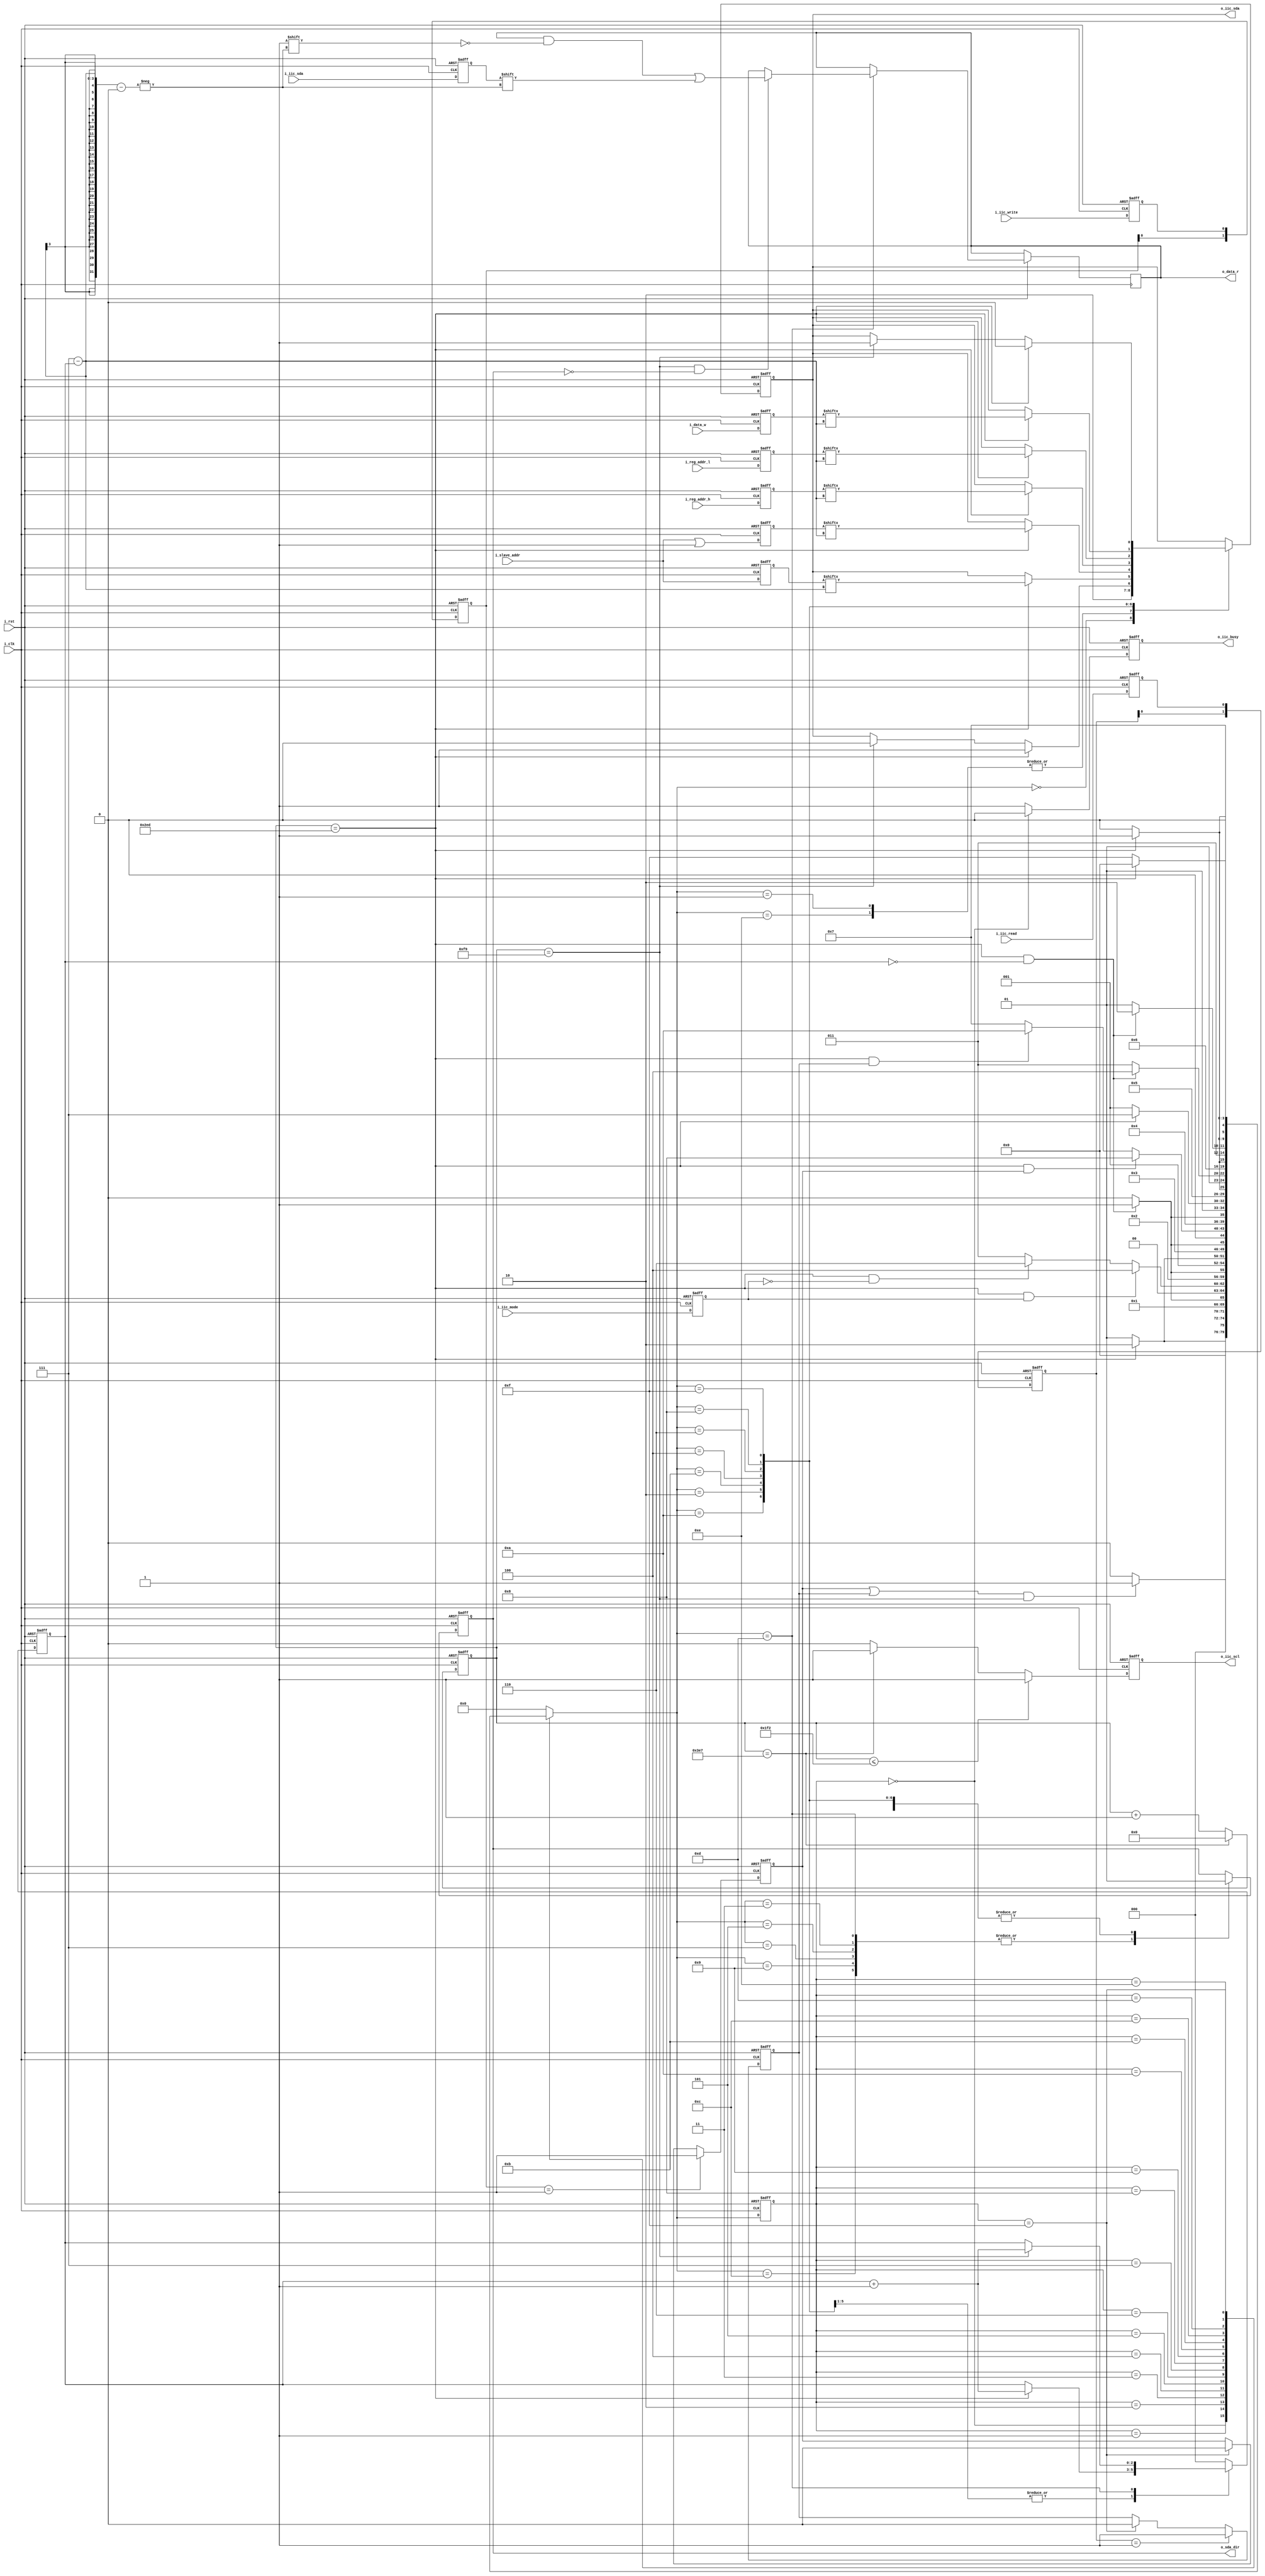
`timescale 1ns / 1ps
//////////////////////////////////////////////////////////////////////////////////
// Company: 
// Engineer: 
// 
// Design Name: 
// Module Name: Driver_IIC
// Project Name: 
// Target Devices: 
// Tool Versions: 
// Description: 
// 
// Dependencies: 
// 
// Revision:
// Revision 0.01 - File Created
// Additional Comments:
// Copyright by SouthEast University,Erie.
//////////////////////////////////////////////////////////////////////////////////

module Driver_IIC(
    input i_clk,
    input i_rst,
    input i_iic_sda,
    input i_iic_write,          //IIC,
    input i_iic_read,           //IIC,
    input i_iic_mode,           //IIC,1,0,
    input [7:0]i_slave_addr,    //IIC
    input [7:0]i_reg_addr_h,    //,8
    input [7:0]i_reg_addr_l,    //,8
    input [7:0]i_data_w,        //
    output [7:0]o_data_r,       //IIC
    output o_iic_busy,          //IIC,,
    output o_iic_scl,           //IIC
    output o_sda_dir,           //IIC,1
    output o_iic_sda            //IIC
    );
    //
    parameter System_Clk_MHz=13'd100;
    parameter Set_IIC_SCL_kHz=13'd100;
    
    //SCL
    localparam  SCL_Divider=System_Clk_MHz/Set_IIC_SCL_kHz;
    localparam  SCL_SUM = (SCL_Divider<<10)-(SCL_Divider<<4)-(SCL_Divider<<3);        //SCL
    localparam  SCL_H_START=0;                                          //SCL
    localparam  SCL_H_CENTER=(SCL_SUM >> 1)-(SCL_SUM >> 2)-1;           //SCL
    localparam  SCL_L_START=(SCL_SUM >> 1)-1;                           //SCL
    localparam  SCL_L_CENTER=(SCL_SUM >> 1)+(SCL_SUM >> 2)-1;           //SCL
    
    //
    localparam ST_IDLE=5'd0;
    localparam ST_START=5'd1;
    localparam ST_W_SADDR=5'd2;
    localparam ST_ACK_0=5'd3;
    localparam ST_W_ADDR_H=5'd4;
    localparam ST_ACK_1=5'd5;
    localparam ST_W_ADDR_L=5'd6;
    localparam ST_ACK_2=5'd7;
    localparam ST_W_DATA=5'd8;
    localparam ST_ACK_3=5'd9;
    localparam ST_START_R=5'd10;
    localparam ST_W_SADDR_R=5'd11;
    localparam ST_ACK_4=5'd12;
    localparam ST_R_DATA=5'd13;
    localparam ST_NACK=5'd14;
    localparam ST_STOP=5'd15;
    
    //
    reg [13:0]reg_scl_cnt=0;
    reg [2:0]reg_byte_cnt=0;
    
    //
    reg [4:0]state_current=0;                                      //
    reg [4:0]state_next=0;                                         //
    
    //
    reg buf_iic_write=0;                                                //
    reg buf_iic_read=0;                                                 //
    reg buf_iic_mode=0;                                                 //IIC,1,0,
    reg [7:0]buf_slave_addr_r=0;                                        //IIC,
    reg [7:0]buf_slave_addr_w=0;                                        //IIC,
    reg [7:0]buf_reg_addr_h=0;                                          //,8
    reg [7:0]buf_reg_addr_l=0;                                          //,8
    reg [7:0]buf_data=0;                                                //
    reg buff_iic_sda=0;                                                 //SDA
    
    //
    reg [1:0]iic_write_req_rise=0;                                      //IIC
    reg [1:0]iic_read_req_rise=0;                                       //IIC
    
    //
    wire flg_write_rise=(iic_write_req_rise==2'b01);                    //IIC
    wire flg_read_rise=(iic_read_req_rise==2'b01);                      //IIC
    wire flg_scl_hs = (reg_scl_cnt == SCL_H_START);                     //SCL
    wire flg_scl_hc = (reg_scl_cnt == SCL_H_CENTER);                    //SCL
    wire flg_scl_ls = (reg_scl_cnt == SCL_L_START);                     //SCL
    wire flg_scl_lc = (reg_scl_cnt == SCL_L_CENTER);                    //SCL
    
    //
    reg iic_write_req=0;                                                //
    reg iic_read_req=0;                                                 //
    
    //
    reg [7:0]data_r_o=0;                                                //IIC
    reg iic_busy_o=0;                                                   //IIC,
    reg iic_scl_o=1;                                                    //IIC
    reg sda_dir_o=0;                                                    //IIC,1
    reg iic_sda_o=1;                                                    //IIC
    
    //
    assign o_data_r=data_r_o;       //IIC
    assign o_iic_busy=iic_busy_o;   //IIC,
    assign o_iic_scl=iic_scl_o;     //IIC
    assign o_sda_dir=sda_dir_o;     //IIC,1
    assign o_iic_sda=iic_sda_o;     //IIC
    
    //
    always@(*)begin
        case(state_current)
            
            //
            ST_IDLE:begin
                if((iic_write_req||iic_read_req)&flg_scl_hc)begin
                    state_next<=ST_START;
                end
                else begin
                    state_next<=ST_IDLE;
                end
            end
            
            //
            ST_START:begin
                if(flg_scl_lc)begin
                    state_next<=ST_W_SADDR;
                end
                else begin
                    state_next<=ST_START;
                end
            end
            
            //
            ST_W_SADDR:begin
                if(flg_scl_lc&reg_byte_cnt==0)begin
                    state_next<=ST_ACK_0;
                end
                else begin
                    state_next<=ST_W_SADDR;
                end
            end
            
            //0
            ST_ACK_0:begin
                if(flg_scl_lc&buf_iic_mode)begin
                    state_next<=ST_W_ADDR_H;
                end
                else if(flg_scl_lc&!buf_iic_mode)begin
                    state_next<=ST_W_ADDR_L;
                end
                else begin
                    state_next<=ST_ACK_0;
                end
            end
            
            //
            ST_W_ADDR_H:begin
                if(flg_scl_lc&reg_byte_cnt==0)begin
                    state_next<=ST_ACK_1;
                end
                else begin
                    state_next<=ST_W_ADDR_H;
                end
            end
            
            //1
            ST_ACK_1:begin
                if(flg_scl_lc)begin
                    state_next<=ST_W_ADDR_L;
                end
                else begin
                    state_next<=ST_ACK_1;
                end
            end
            
            //
            ST_W_ADDR_L:begin
                if(flg_scl_lc&reg_byte_cnt==0)begin
                    state_next<=ST_ACK_2;
                end
                else begin
                    state_next<=ST_W_ADDR_L;
                end
            end
            
            //2
            ST_ACK_2:begin
                if(flg_scl_lc&iic_write_req)begin
                    state_next<=ST_W_DATA;
                end
                else if(flg_scl_lc&iic_read_req)begin
                    state_next<=ST_START_R;
                end
                else begin
                    state_next<=ST_ACK_2;
                end
            end
            
            //
            ST_W_DATA:begin
                if(flg_scl_lc&reg_byte_cnt==0)begin
                    state_next<=ST_ACK_3;
                end
                else begin
                    state_next<=ST_W_DATA;
                end
            end
            
            //3
            ST_ACK_3:begin
                if(flg_scl_lc)begin
                    state_next<=ST_STOP;
                end
                else begin
                    state_next<=ST_ACK_3;
                end
            end

            //
            ST_START_R:begin
                if(flg_scl_lc)begin
                    state_next<=ST_W_SADDR_R;
                end
                else begin
                    state_next<=ST_START_R;
                end
            end
            
            //
            ST_W_SADDR_R:begin
                if(flg_scl_lc&reg_byte_cnt==0)begin
                    state_next<=ST_ACK_4;
                end
                else begin
                    state_next<=ST_W_SADDR_R;
                end
            end
            
            //4
            ST_ACK_4:begin
                if(flg_scl_lc)begin
                    state_next<=ST_R_DATA;
                end
                else begin
                    state_next<=ST_ACK_4;
                end
            end
            
            //
            ST_R_DATA:begin
                if(flg_scl_lc&reg_byte_cnt==0)begin
                    state_next<=ST_NACK;
                end
                else begin
                    state_next<=ST_R_DATA;
                end
            end

            //
            ST_NACK:begin
                if(flg_scl_lc)begin
                    state_next<=ST_STOP;
                end
                else begin
                    state_next<=ST_NACK;
                end
            end
            
            //
            ST_STOP:begin
                if(flg_scl_lc)begin
                    state_next<=ST_IDLE;
                end
                else begin
                    state_next<=ST_STOP;
                end
            end
            
            default:begin
                state_next<=ST_IDLE;
            end
        endcase
    end
    
    //scl
    always@(posedge i_clk or negedge i_rst)begin
        if(!i_rst)begin
            reg_scl_cnt <= 13'd0;
        end
        else if(reg_scl_cnt== SCL_SUM - 1)
            reg_scl_cnt <= 13'd0;
        else
            reg_scl_cnt <= reg_scl_cnt + 1;
    end
    
    //
    always@(posedge i_clk or negedge i_rst)begin
        if(!i_rst)begin
            iic_scl_o<=0;
        end
        else if(reg_scl_cnt<=SCL_L_START-1)begin
            iic_scl_o<=1;
        end
        else if(reg_scl_cnt==SCL_SUM - 1)begin
            iic_scl_o<=1;
        end
        else begin
            iic_scl_o<=0;
        end
    end
    //
    always@(posedge i_clk or negedge i_rst)begin
        if(!i_rst)begin
            iic_write_req<=0;
        end
        else if(flg_write_rise)begin
            iic_write_req<=1;
        end
        else if(state_current==ST_STOP)begin
            iic_write_req<=0;
        end
    end
    //
    always@(posedge i_clk or negedge i_rst)begin
        if(!i_rst)begin
            iic_read_req<=0;
        end
        else if(flg_read_rise)begin
            iic_read_req<=1;
        end
        else if(state_current==ST_STOP)begin
            iic_read_req<=0;
        end
    end
    
    //IIC
    always@(posedge i_clk or negedge i_rst)begin
        if(!i_rst)begin
            iic_busy_o<=0;
        end
        else if(state_current==ST_IDLE)begin
            iic_busy_o<=0;
        end
        else begin
            iic_busy_o<=1;
        end
    end
    //8
    always@(posedge i_clk or negedge i_rst)begin
        if(!i_rst)begin
            reg_byte_cnt<=0;
        end
        else begin
            case(state_next)
                ST_W_SADDR,ST_W_ADDR_H,ST_W_ADDR_L,ST_W_DATA,ST_W_SADDR_R:begin
                    if(flg_scl_lc)begin
                        reg_byte_cnt<=reg_byte_cnt+1;
                    end
                end
                ST_R_DATA:begin
                    if(flg_scl_hc)begin
                        reg_byte_cnt<=reg_byte_cnt+1;
                    end
                end
                default:begin
                    reg_byte_cnt<=0;
                end
            endcase
        end
    end
    
    //
    always@(posedge i_clk or negedge i_rst)begin
        if(!i_rst)begin
            sda_dir_o<=1;
            iic_sda_o<=1;
        end
        else begin
            case(state_next)
                ST_IDLE:begin
                    sda_dir_o<=1;
                    iic_sda_o<=1;
                end
                ST_START,ST_NACK:begin
                    sda_dir_o<=1;
                    iic_sda_o<=0;
                end
                ST_START_R:begin
                    sda_dir_o<=1;
                    if(flg_scl_lc)iic_sda_o<=1;
                    else if(flg_scl_hc)iic_sda_o<=0;
                end
                ST_W_SADDR:begin
                    sda_dir_o<=1;
                    if(flg_scl_lc)begin
                        iic_sda_o<=buf_slave_addr_w[7-reg_byte_cnt];
                    end
                end
                ST_W_SADDR_R:begin
                    sda_dir_o<=1;
                    if(flg_scl_lc)begin
                        iic_sda_o<=buf_slave_addr_r[7-reg_byte_cnt];
                    end
                end
                ST_ACK_0,ST_ACK_1,ST_ACK_2,ST_ACK_3,ST_ACK_4:begin
                    sda_dir_o<=0;
                end
                ST_W_ADDR_H:begin
                    sda_dir_o<=1;
                    if(flg_scl_lc)begin
                        iic_sda_o<=buf_reg_addr_h[7-reg_byte_cnt];
                    end
                end
                ST_W_ADDR_L:begin
                    sda_dir_o<=1;
                    if(flg_scl_lc)begin
                        iic_sda_o<=buf_reg_addr_l[7-reg_byte_cnt];
                    end
                end
                ST_W_DATA:begin
                    sda_dir_o<=1;
                    if(flg_scl_lc)begin
                        iic_sda_o<=buf_data[7-reg_byte_cnt];
                    end
                end
                ST_R_DATA:begin
                    sda_dir_o<=0;
                    if(flg_scl_hc&!sda_dir_o)begin
                        data_r_o[7-reg_byte_cnt]<=buff_iic_sda;
                    end
                end
                ST_STOP:begin
                    sda_dir_o<=1;
                    if(flg_scl_lc)begin
                        iic_sda_o<=0;
                    end
                    else if(flg_scl_hc)begin
                        iic_sda_o<=1;
                    end
                end
            endcase
        end
    end
    //
    always@(posedge i_clk or negedge i_rst)begin
        if(!i_rst)begin
            state_current<=ST_IDLE;
        end
        else begin
            state_current<=state_next;
        end
    end
    //
    always@(posedge i_clk or negedge i_rst)begin
        if(!i_rst)begin
            iic_write_req_rise<=0;
            iic_read_req_rise<=0;
        end
        else begin
            iic_write_req_rise<={iic_write_req_rise[0],buf_iic_write};
            iic_read_req_rise<={iic_read_req_rise[0],buf_iic_read};
        end
    end
    
    //
    always@(posedge i_clk or negedge i_rst)begin
        if(!i_rst)begin
            buf_iic_write<=0;
            buf_iic_read<=0;
            buf_iic_mode<=0;
            buf_slave_addr_w<=0;
            buf_slave_addr_r<=0;
            buf_reg_addr_h<=0;
            buf_reg_addr_l<=0;
            buf_data<=0;
            buff_iic_sda<=0;
        end
        else begin
            buf_iic_write<=i_iic_write;
            buf_iic_read<=i_iic_read;
            buf_iic_mode<=i_iic_mode;
            buf_slave_addr_w<=i_slave_addr;
            buf_slave_addr_r<=i_slave_addr|8'h01;
            buf_reg_addr_h<=i_reg_addr_h;
            buf_reg_addr_l<=i_reg_addr_l;
            buf_data<=i_data_w;
            buff_iic_sda<=i_iic_sda;
        end
    end
endmodule